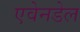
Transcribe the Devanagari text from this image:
एवेनडेल